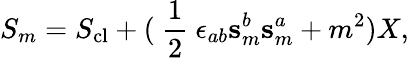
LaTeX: S_{m}=S_{\mathrm{cl}}+(\mathrm{~\frac{1}{2}~}\epsilon_{ab}\mathbf{s}_{m}^{b}\mathbf{s}_{m}^{a}+m^{2})X,